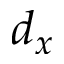
d _ { x }